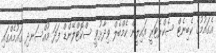
އެގައުމުގެ ކެބިނެޓް ސެކްރެޓަރީ އައިލީން ކެމްބެލް ވިދާޅުވީ ސްކޮޓްލޭންޑް ފަދަ މުއްސަނދި ގައުމެއްގައި